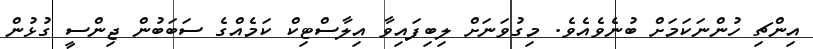
އިންޗި ހުންނަކަމަށް ބުނެވެއެވެ. މިގުވަނަށް ލިބިފައިވާ އިލާސްޓިކް ކަމެއްގެ ސަބަބުން ޖިންސީ ގުޅުން